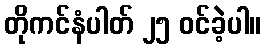
တိုကင်နံပါတ် ၂၅ ဝင်ခဲ့ပါ။